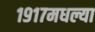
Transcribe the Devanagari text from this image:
१९१७मधल्या